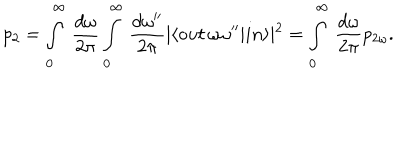
p _ { 2 } = \int _ { 0 } ^ { \infty } \, \frac { d \omega } { 2 \pi } \int _ { 0 } ^ { \infty } \, \frac { d \omega ^ { \prime \prime } } { 2 \pi } \vert \langle o u t \, \omega \omega ^ { \prime \prime } \vert i n \rangle \vert ^ { 2 } = \int _ { 0 } ^ { \infty } \, \frac { d \omega } { 2 \pi } p _ { 2 \omega } .